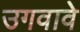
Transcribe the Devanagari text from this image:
उगवावे